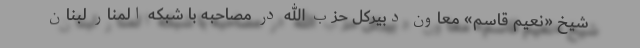
شیخ «نعیم قاسم» معاون دبیرکل حزب الله در مصاحبه با شبکه المنار لبنان